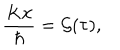
{ \frac { K x } { \hbar } } = { \cal G } ( \tau ) ,